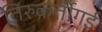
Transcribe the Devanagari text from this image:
तिरुकर्तीगई